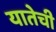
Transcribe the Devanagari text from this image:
यातेची